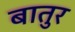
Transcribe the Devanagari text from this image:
बातुर